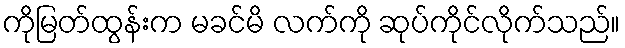
ကိုမြတ်ထွန်းက မခင်မိ လက်ကို ဆုပ်ကိုင်လိုက်သည်။